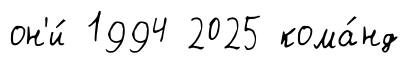
он'и́ 1994 2025 кома́нд